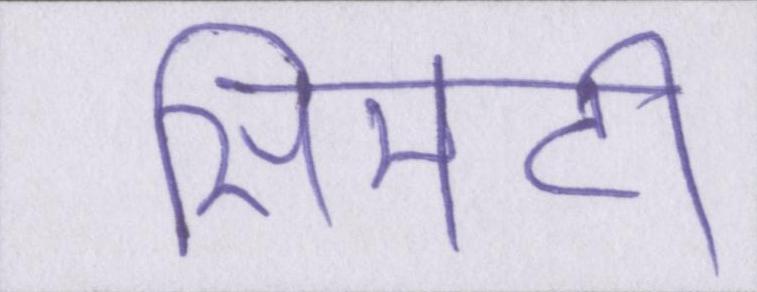
सिमटी